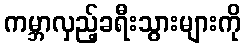
ကမ္ဘာလှည့်ခရီးသွားများကို